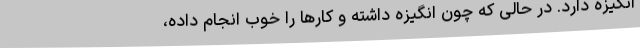
انگیزه دارد. در حالی که چون انگیزه داشته و کارها را خوب انجام داده،